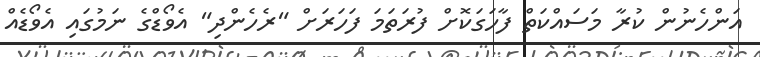
އަންހެނުން ކުރާ މަސައްކަތް ފާހަގަކޮށް ފުރަތަމަ ފަހަރަށް "ރެހެންދި" އެވޯޑްގެ ނަމުގައި އެވޯޑެއް